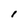
Character: I